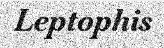
Leptophis